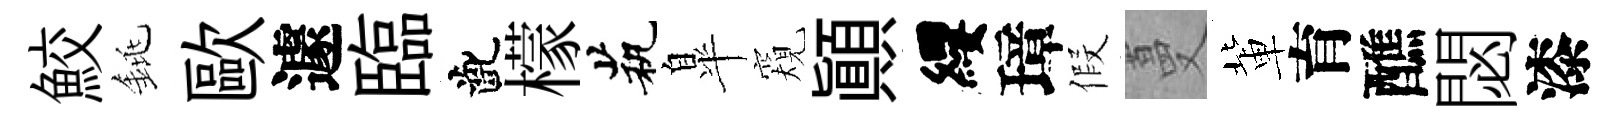
鮫銚歐遽臨齔檬茕臯窺顚纓璋假蔓軰育醮閟漆